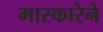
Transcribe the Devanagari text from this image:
मास्कारेने